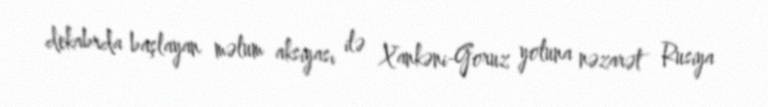
dekabrda başlayan məlum aksiyası ilə Xankəni-Goruz yoluna nəzarət Rusiya